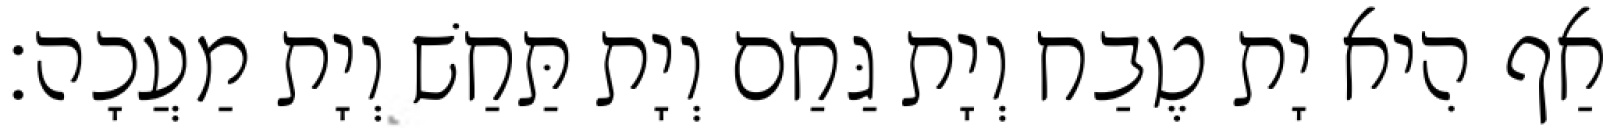
אַף הִיא יָת טֶבַח וְיָת גַּחַם וְיָת תַּחַשׁ וְיָת מַעֲכָה׃